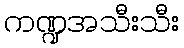
ကဏ္ဍအသီးသီး